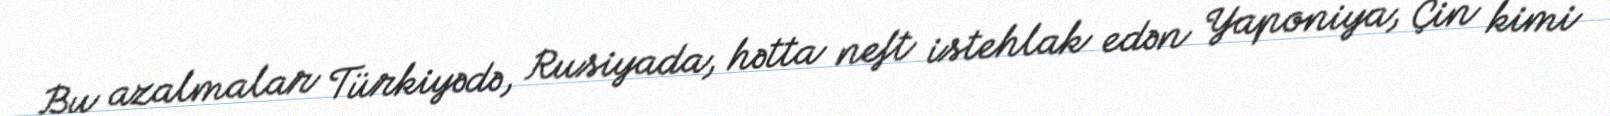
Bu azalmalar Türkiyədə, Rusiyada, hətta neft istehlak edən Yaponiya, Çin kimi